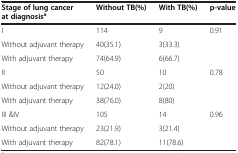
<table><thead><tr><td><b>Stage of lung cancer at diagnosis<sup>a</sup></b></td><td><b>Without TB(%)</b></td><td><b>With TB(%)</b></td><td><b>p-value</b></td></tr></thead><tbody><tr><td>I</td><td>114</td><td>9</td><td>0.91</td></tr><tr><td>Without adjuvant therapy</td><td>40(35.1)</td><td>3(33.3)</td><td rowspan="2"> </td></tr><tr><td>With adjuvant therapy</td><td>74(64.9)</td><td>6(66.7)</td></tr><tr><td>II</td><td>50</td><td>10</td><td>0.78</td></tr><tr><td>Without adjuvant therapy</td><td>12(24.0)</td><td>2(20)</td><td rowspan="2"> </td></tr><tr><td>With adjuvant therapy</td><td>38(76.0)</td><td>8(80)</td></tr><tr><td>III &amp;IV</td><td>105</td><td>14</td><td>0.96</td></tr><tr><td>Without adjuvant therapy</td><td>23(21.9)</td><td>3(21.4)</td><td> </td></tr><tr><td>With adjuvant therapy</td><td>82(78.1)</td><td>11(78.6)</td><td> </td></tr></tbody></table>